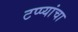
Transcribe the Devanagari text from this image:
टप्प्यांचा